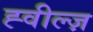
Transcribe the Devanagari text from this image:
ह्वील्ज़